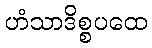
ဟံသာဒိစ္စပထေ